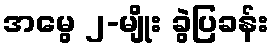
အမွေ ၂-မျိုး ခွဲပြခန်း